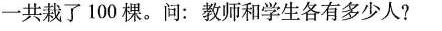
一共栽了100棵。问：教师和学生各有多少人?